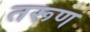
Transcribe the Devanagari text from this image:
तरूण